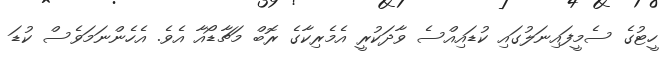
ހީޓުގެ ސެމީފައިނަލުގައި ކުޑައިއްސެ ވާދަކުރީ އެމެރިކާގެ ރޮބް މަޗާޑޯއާ އެވެ. އެހެންނަމަވެސް ކުޑަ